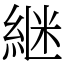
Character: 継